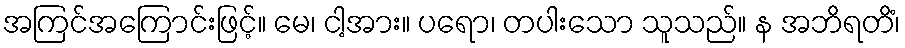
အကြင်အကြောင်းဖြင့်။ မေ၊ ငါ့အား။ ပရော၊ တပါးသော သူသည်။ န အဘိရတိံ၊